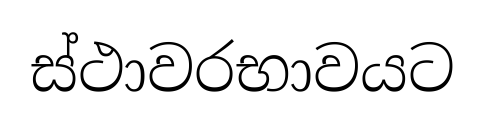
ස්ථාවරභාවයට